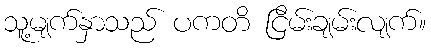
သူ့မျက်နှာသည် ပကတိ ငြိမ်းချမ်းလျက်။